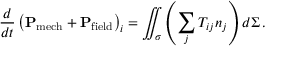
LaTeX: { \frac { d } { d t } } \left( \mathbf { P } _ { \mathrm { m e c h } } + \mathbf { P } _ { \mathrm { f i e l d } } \right) _ { i } = \iint _ { \sigma } \left( \sum _ { j } T _ { i j } n _ { j } \right) d \Sigma \, .